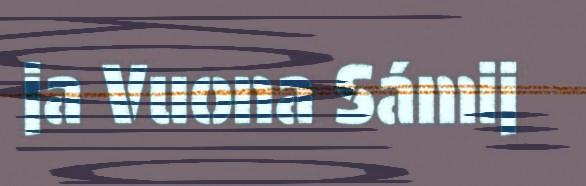
ja Vuona Sámij